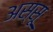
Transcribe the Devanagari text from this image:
अस्सू